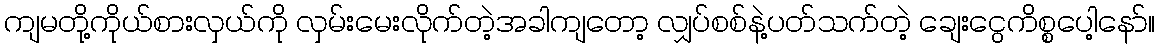
ကျမတို့ကိုယ်စားလှယ်ကို လှမ်းမေးလိုက်တဲ့အခါကျတော့ လျှပ်စစ်နဲ့ပတ်သက်တဲ့ ချေးငွေကိစ္စပေါ့နော်။